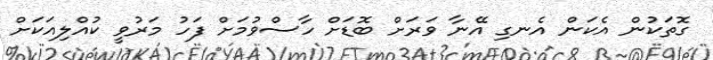
ގޮތަކުން އެކަން އެނގި އޭނާ ވަރަށް ބޮޑަށް ހާސްވުމަށް ފަހު މަރުވީ ކުއްލިއަކަށް